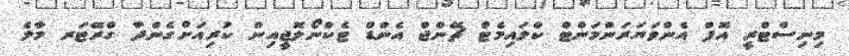
މިނިސްޓްރީ އޮފް އެންވަޔަރަންމަންޓް ކްލައިމެޓް ޗޭންޖް އެންޑް ޓެކްނޯލޮޖީއިން ކުރިއަށްގެންދާ ގްރޭޓަރ މާލެ